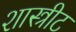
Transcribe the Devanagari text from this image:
शास्त्रीट